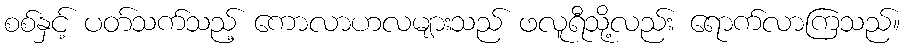
စစ်နှင့် ပတ်သက်သည့် ကောလာဟလများသည် ဖလူရီသို့လည်း ရောက်လာကြသည်။